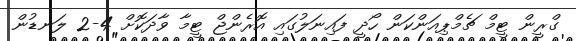
ގްރީން ޓީމް ޗެމްޕިއަންކަން ހޯދީ ފައިނަލުގައި އޮރެންޖް ޓީމާ ވާދަކޮށް 4-2 ލަނޑުން